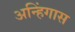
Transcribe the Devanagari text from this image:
अन्हिंगास